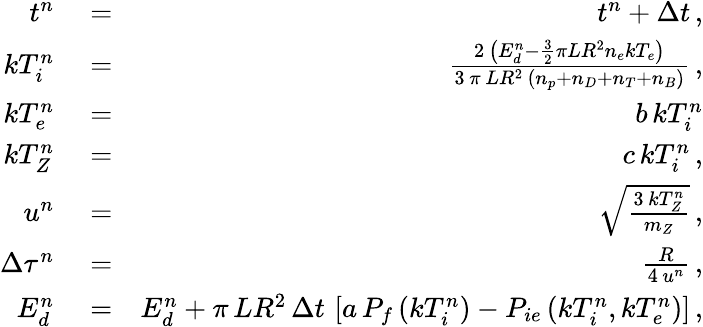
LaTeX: \begin{array}{rlr}{t^{n}}&{{}=}&{t^{n}+\Delta t\, ,}\\ {kT_{i}^{n}}&{{}=}&{\frac{2\, \left(E_{d}^{n}-\frac{3}{2}\pi LR^{2}n_{e}kT_{e}\right)}{3\, \pi\, LR^{2}\, \left(n_{p}+n_{D}+n_{T}+n_{B}\right)}\, ,}\\ {kT_{e}^{n}}&{{}=}&{b\, kT_{i}^{n}}\\ {kT_{Z}^{n}}&{{}=}&{c\, kT_{i}^{n}\, ,}\\ {u^{n}}&{{}=}&{\sqrt{\frac{3\, kT_{Z}^{n}}{m_{Z}}}\, ,}\\ {\Delta\tau^{n}}&{{}=}&{\frac{R}{4\, u^{n}}\, ,}\\ {E_{d}^{n}}&{{}=}&{E_{d}^{n}+\pi\, LR^{2}\, \Delta t\, \left[a\, P_{f}\left(kT_{i}^{n}\right)-P_{ie}\left(kT_{i}^{n},kT_{e}^{n}\right)\right]\, ,}\end{array}